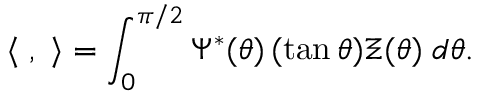
\langle { \bf \Psi } , { \bf \Xi } \rangle = \int _ { 0 } ^ { \pi / 2 } \Psi ^ { * } ( \theta ) \, ( \tan \theta ) \Xi ( \theta ) \; d \theta .